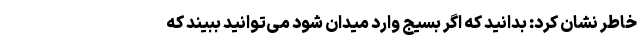
خاطر نشان کرد: بدانید که اگر بسیج وارد میدان شود می‌توانید ببیند که